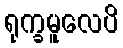
ရုက္ခမူလေပိ